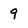
Character: 9